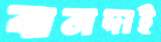
বানদাই